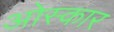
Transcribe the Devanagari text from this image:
ओस्कार